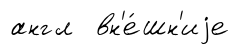
англ вн'е́шн'иjе